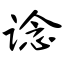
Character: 谂